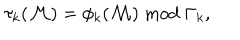
LaTeX: \tau _ { k } ( { \cal M } ) = \phi _ { k } ( { \cal M } ) \bmod \Gamma _ { k } \mathrm { , }